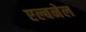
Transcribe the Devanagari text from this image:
एल्बनेल